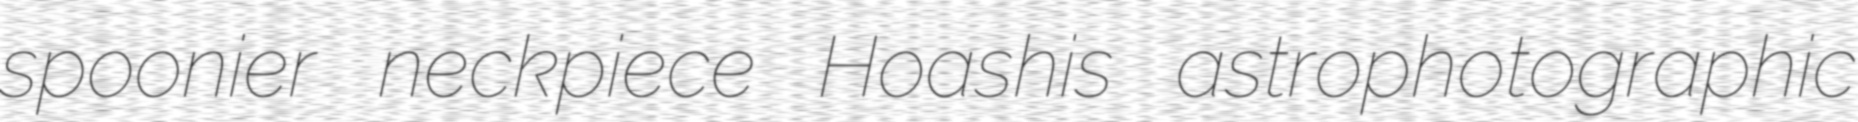
spoonier neckpiece Hoashis astrophotographic